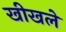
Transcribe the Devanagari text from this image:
खीखले